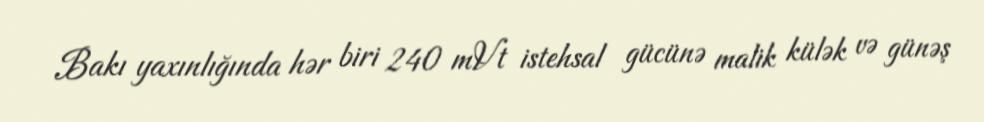
Bakı yaxınlığında hər biri 240 mVt istehsal gücünə malik külək və günəş